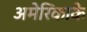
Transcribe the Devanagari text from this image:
अमेरिकाके